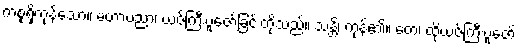
ကစ္စရှိကုန်သော။ မဟာပညာ၊ ယဇ်ကြီးပူဇော်ခြင်းတို့သည်။ သန္တိ၊ ကုန်၏။ တေ၊ ထိုယဇ်ကြီးပူဇော်